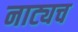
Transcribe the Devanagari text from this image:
नाट्यच